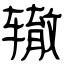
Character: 辙